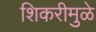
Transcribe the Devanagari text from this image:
शिकरीमुळे